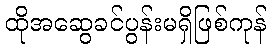
ထိုအဆွေခင်ပွန်းမရှိဖြစ်ကုန်